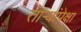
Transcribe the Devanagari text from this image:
तार्‍यांपेक्षा